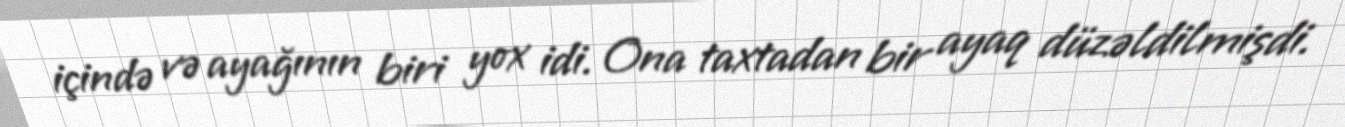
içində və ayağının biri yox idi. Ona taxtadan bir ayaq düzəldilmişdi.